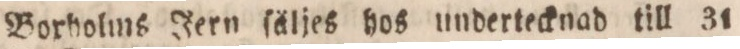
Borholms Jern ſäljes hos undertecknad till 31